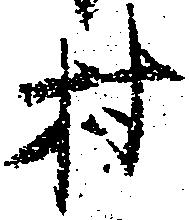
村